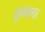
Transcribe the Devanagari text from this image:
सुनक्षत्र